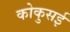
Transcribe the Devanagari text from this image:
कोकुसई